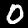
Label: 0